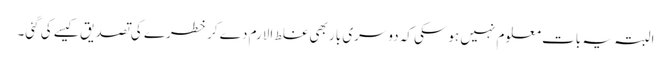
البتہ یہ بات معلوم نہیں ہوسکی کہ دوسری بار بھی غلط الارم دے کر خطرے کی تصدیق کیسے کی گئی۔